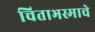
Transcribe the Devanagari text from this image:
चिताभस्माचे